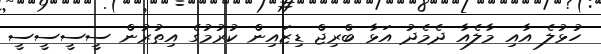
ހުޅުލެ އާއި މާލެއާ ދެމެދު އަޅާ ބްރިޖް ޑިޒައިން ކުރުމުގެ އިތުރުން ސީސީސީސީ